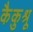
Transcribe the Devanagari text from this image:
कैकुश्रू